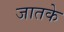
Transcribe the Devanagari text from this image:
जातके